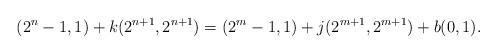
LaTeX: \begin{align*}(2^n-1,1) + k(2^{n+1}, 2^{n+1} ) = (2^m-1,1) + j(2^{m+1}, 2^{m+1}) + b(0,1).\end{align*}